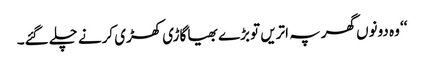
‘‘ وہ دونوں گھر پہ اتریں تو بڑے بھیا گاڑی کھڑی کرنے چلے گئے۔